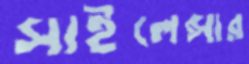
সাইলেন্সার